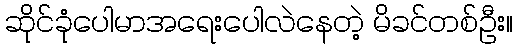
ဆိုင်ခုံပေါမာအရေးပေါလဲနေတဲ့ မိခင်တစ်ဦး။